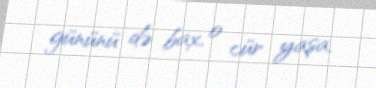
gününü də bax, o cür yaşa.